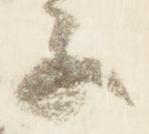
子